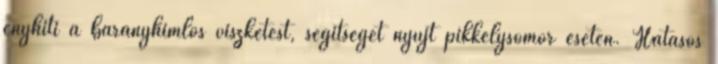
enyhíti a bárányhimlős viszketést, segítséget nyújt pikkelysömör esetén. Hatásos